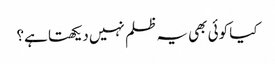
کیا کوئی بھی یہ ظلم نہیں دیکھتا ہے؟